65_HS1-834228961_62-HQ-83894_Section_6
Agency: FBI
Page 209
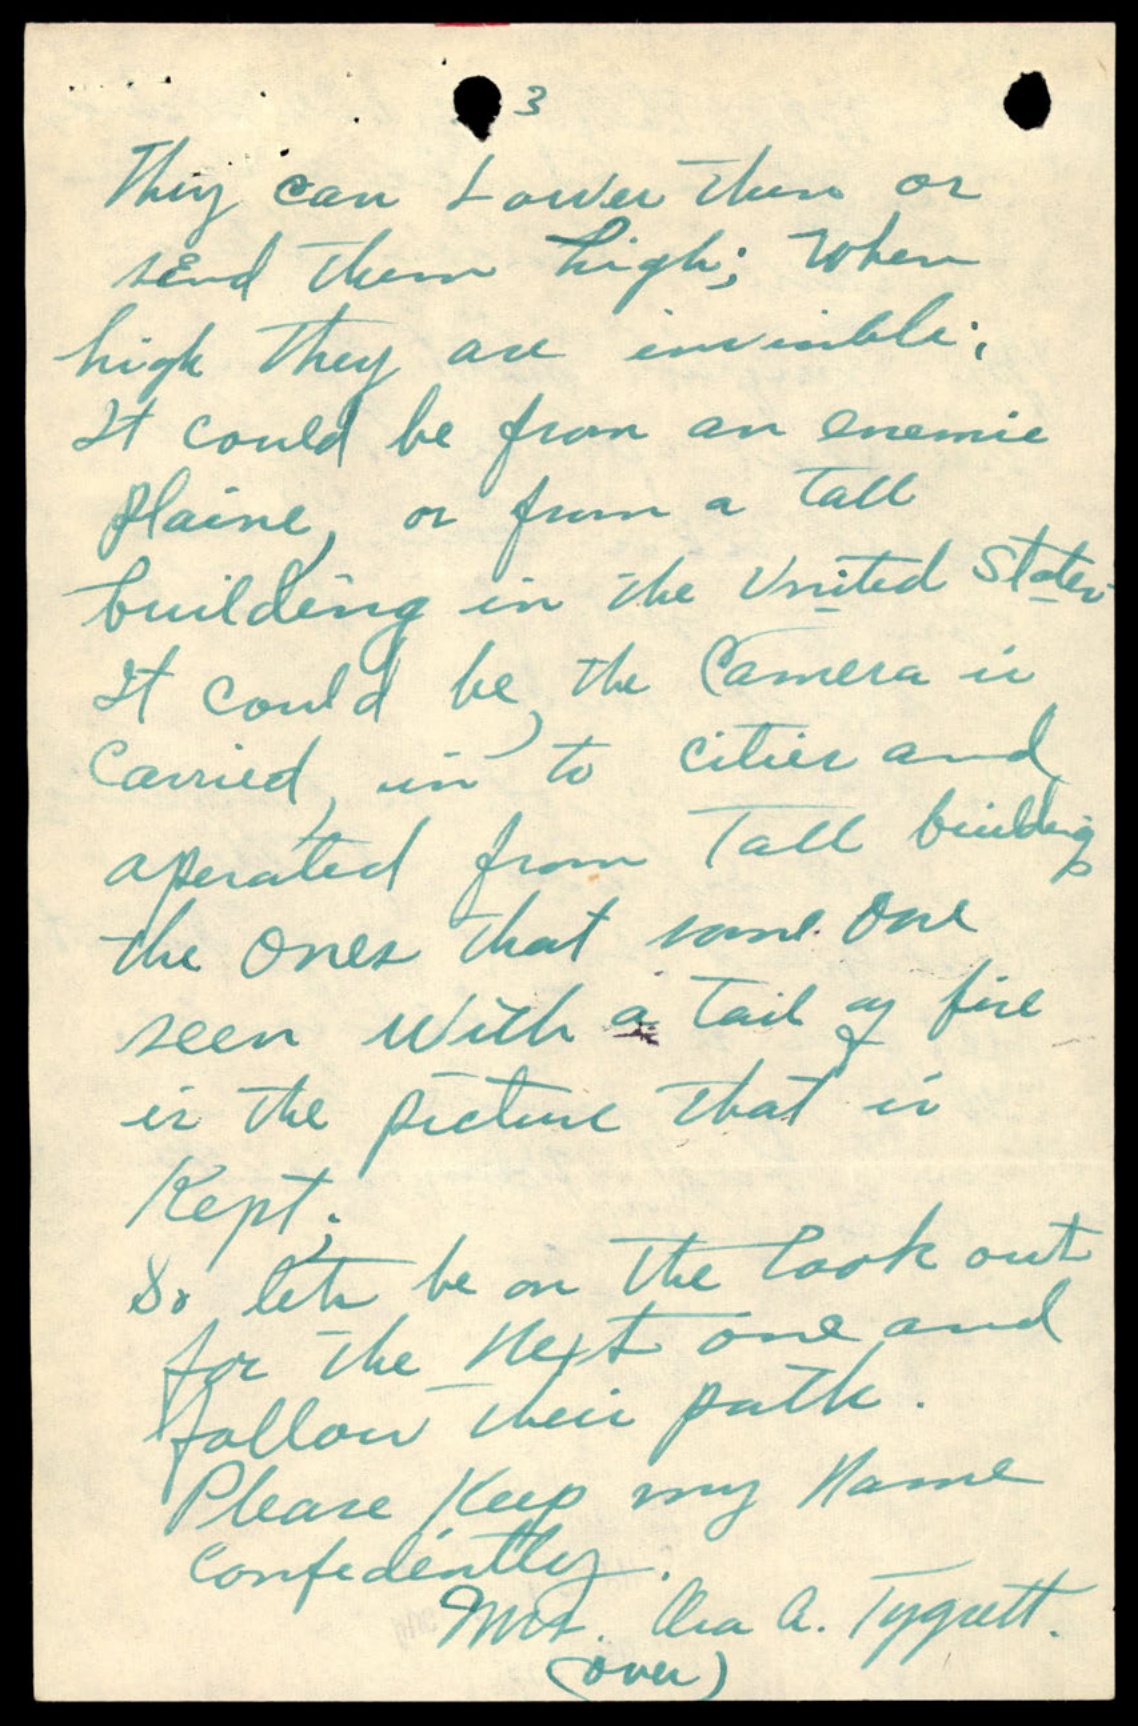